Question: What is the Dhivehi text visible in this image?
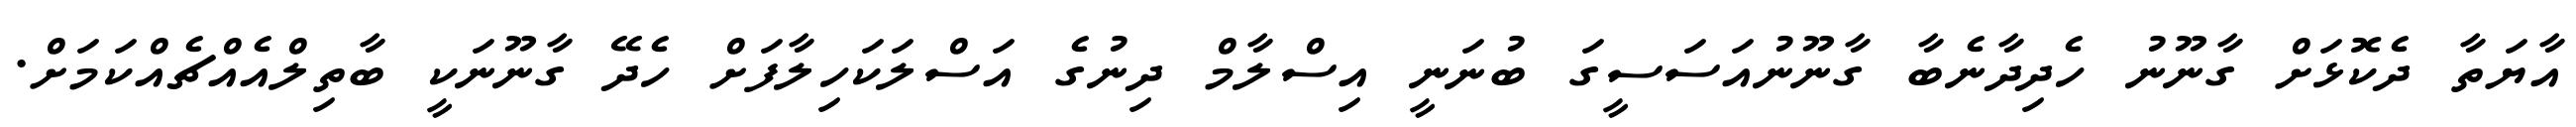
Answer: އާޔަތާ ދެކޮޅަށް ގާނޫނު ހެދިދާނެބާ ގާނޫނުއަސަސީގަ ބުނަނީ އިސްލާމް ދިނުގެ އަސްލަކަހިލާފަށް ހެދޭ ގާނޫނަކީ ބާތިލްއެއްޗެއްކަމަށް.